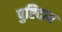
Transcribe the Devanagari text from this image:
पुष्टिदाय